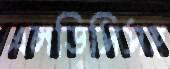
এলডিসিসহ